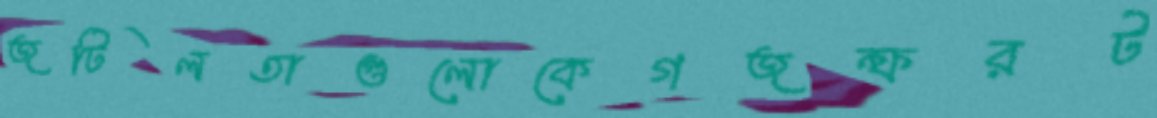
জটিলতাগুলোকেগজন্ফরট